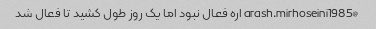
@arash.mirhoseini1985 اره فعال نبود اما یک روز طول کشید تا فعال شد